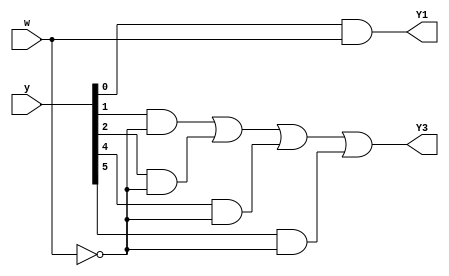
module top_module (
    input [5:0] y,
    input w,
    output Y1,
    output Y3
);

    reg [5:0] next;
    
    always @(*) begin
        next[0] = y[0]&~w | y[3]&~w;
        next[1] = y[0]&w;
        next[2] = y[1]&w | y[5]&w;
        next[3] = y[1]&~w | y[2]&~w | y[4]&~w | y[5]&~w;
        next[4] = y[2]&w | y[4]&w;
        next[5] = y[3]&w;
    end
    
    assign Y1 = next[1];
    assign Y3 = next[3];
endmodule